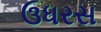
ઉધરસ